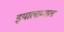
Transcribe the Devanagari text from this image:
इयालाम्मल